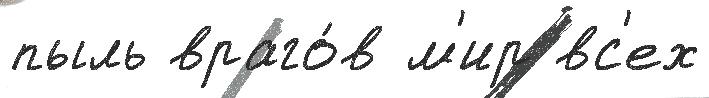
пыль враго́в м'ир вс'ех